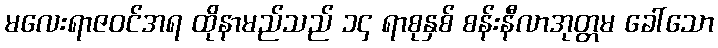
မလေးရာဇဝင်အရ ထိုနာမည်သည် ၁၄ ရာစုနှစ် စန်းနီလာအုတ္တမ ခေါ်သော